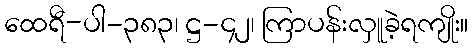
ထေရီ-ပါ-၃၈၃၊ ဋ္ဌ-၄၂၊ ကြာပန်းလှူခဲ့ရကျိုး။